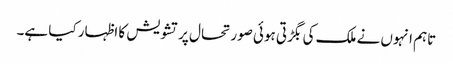
تاہم انہوں نے ملک کی بگڑتی ہوئی صورتحال پر تشویش کا اظہار کیا ہے۔